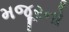
મજૂરનો